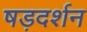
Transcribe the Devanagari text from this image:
षड़दर्शन